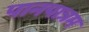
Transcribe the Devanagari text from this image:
पानपात्रम